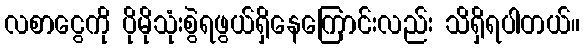
လစာငွေကို ပိုမိုသုံးစွဲရဖွယ်ရှိနေကြောင်းလည်း သိရှိရပါတယ်။